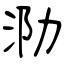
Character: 泐